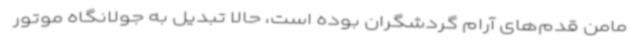
مامن قدم‌های آرام گردشگران بوده است، حالا تبدیل به جولانگاه موتور